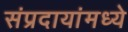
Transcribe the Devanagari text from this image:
संप्रदायांमध्ये